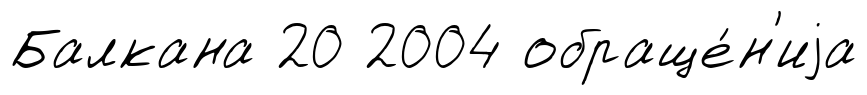
Балкана 20 2004 обраще́н'иjа